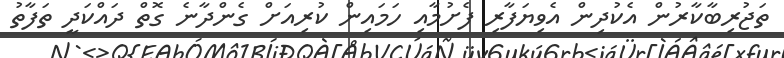
ތަޖުރިބާކާރުން އެކުދިން އެވިޔަފާރި ފެށުމާއި ހަމައިން ކުރިއަށް ގެންދާނެ ގޮތް ދައްކަދީ ތަފާތު